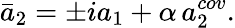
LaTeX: \bar{a}_{2}=\pm ia_{1}+\alpha\, a_{2}^{cov}.